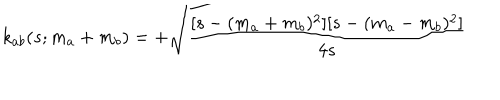
k _ { a b } ( s ; m _ { a } + m _ { b } ) = + \sqrt { { \frac { [ s - ( m _ { a } + m _ { b } ) ^ { 2 } ] [ s - ( m _ { a } - m _ { b } ) ^ { 2 } ] } { 4 s } } }